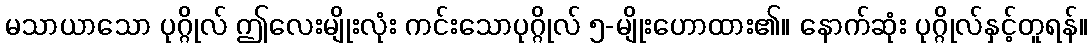
မသာယာသော ပုဂ္ဂိုလ် ဤလေးမျိုးလုံး ကင်းသောပုဂ္ဂိုလ် ၅-မျိုးဟောထား၏။ နောက်ဆုံး ပုဂ္ဂိုလ်နှင့်တူရန်။